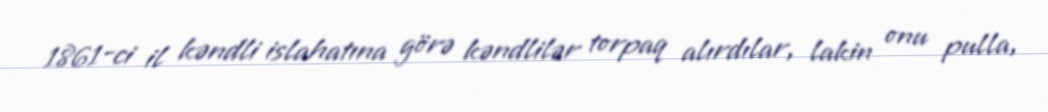
1861-ci il kəndli islahatına görə kəndlilər torpaq alırdılar, lakin onu pulla,